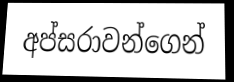
අප්සරාවන්ගෙන්